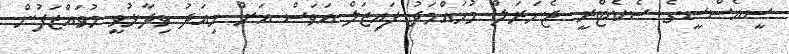
ސީއެސްސީގެ ސެކެޓްރީ ޖެނަރަލް މުހައްމަދު ފައިޒަލް އަވަސް އަށް މިއަދު ވިދާޅުވީ މުވައްޒަފުން